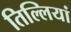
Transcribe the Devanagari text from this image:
तिल्लियां